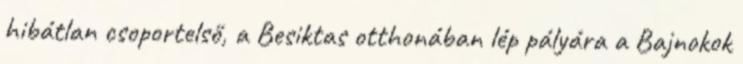
hibátlan csoportelső, a Besiktas otthonában lép pályára a Bajnokok